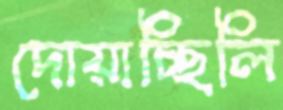
দোয়াচ্ছিলি